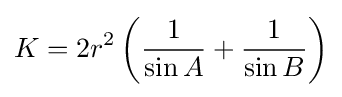
K=2r^{2}\left({\frac {1}{\sin {A}}}+{\frac {1}{\sin {B}}}\right)